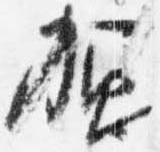
賀